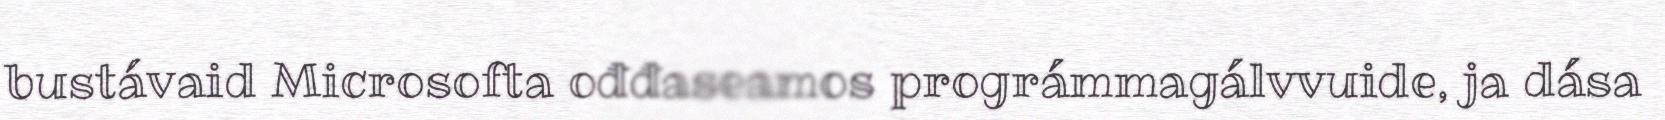
bustávaid Microsofta ođđaseamos prográmmagálvvuide, ja dása